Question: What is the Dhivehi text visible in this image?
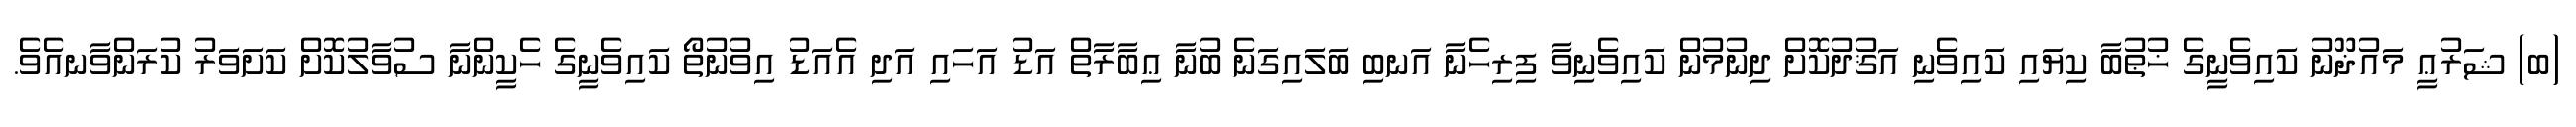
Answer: (ބ) ޝަރުޢީ މައުޛޫނު ކައިވެނީގެ ޚުޠުބާ ކިޔައި ކައިވެނި އަޤުދުކޮށް ދިނުމުން ކައިވެނިވާ ފިރިހެނާ އަނބި ބަލައިގަނެ ބުނާ ޢިބާރާތް އަޑު އަހައި އަދި އެއަޑު އިވުނުތޯ ކައިވެނީގެ ހެކީންނާ ސުވާލުކޮށް ކަށަވަރު ކުރަންވާނއެވެ.